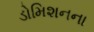
ડોમિશનના